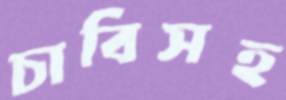
চাবিসহ